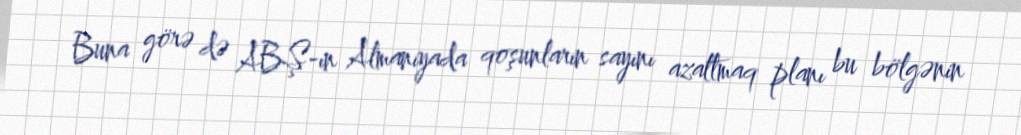
Buna görə də ABŞ-ın Almaniyada qoşunların sayını azaltmaq planı bu bölgənin